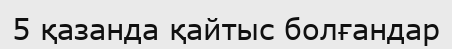
5 қазанда қайтыс болғандар